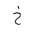
Letter: _kha